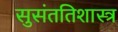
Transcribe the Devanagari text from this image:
सुसंततिशास्त्र